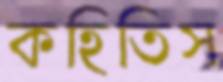
কহিতিস